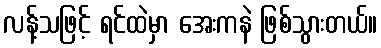
လန့်သဖြင့် ရင်ထဲမှာ အေးကနဲ ဖြစ်သွားတယ်။